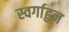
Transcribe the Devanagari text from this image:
स्वर्गाहुन